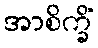
အာစိက္ခိံ